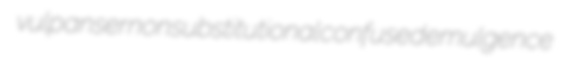
vulpanser nonsubstitutional confused emulgence